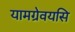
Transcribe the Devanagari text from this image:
यामग्रेवयसि